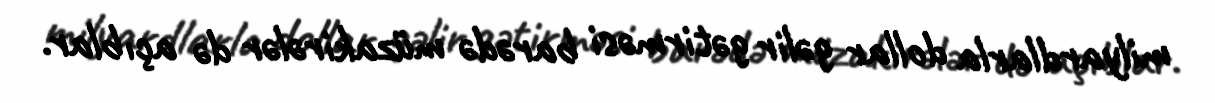
milyardlarla dollar gəlir gətirməsi barədə müzakirələr də açıblar.